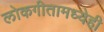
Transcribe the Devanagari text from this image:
लोकगीतामध्येही